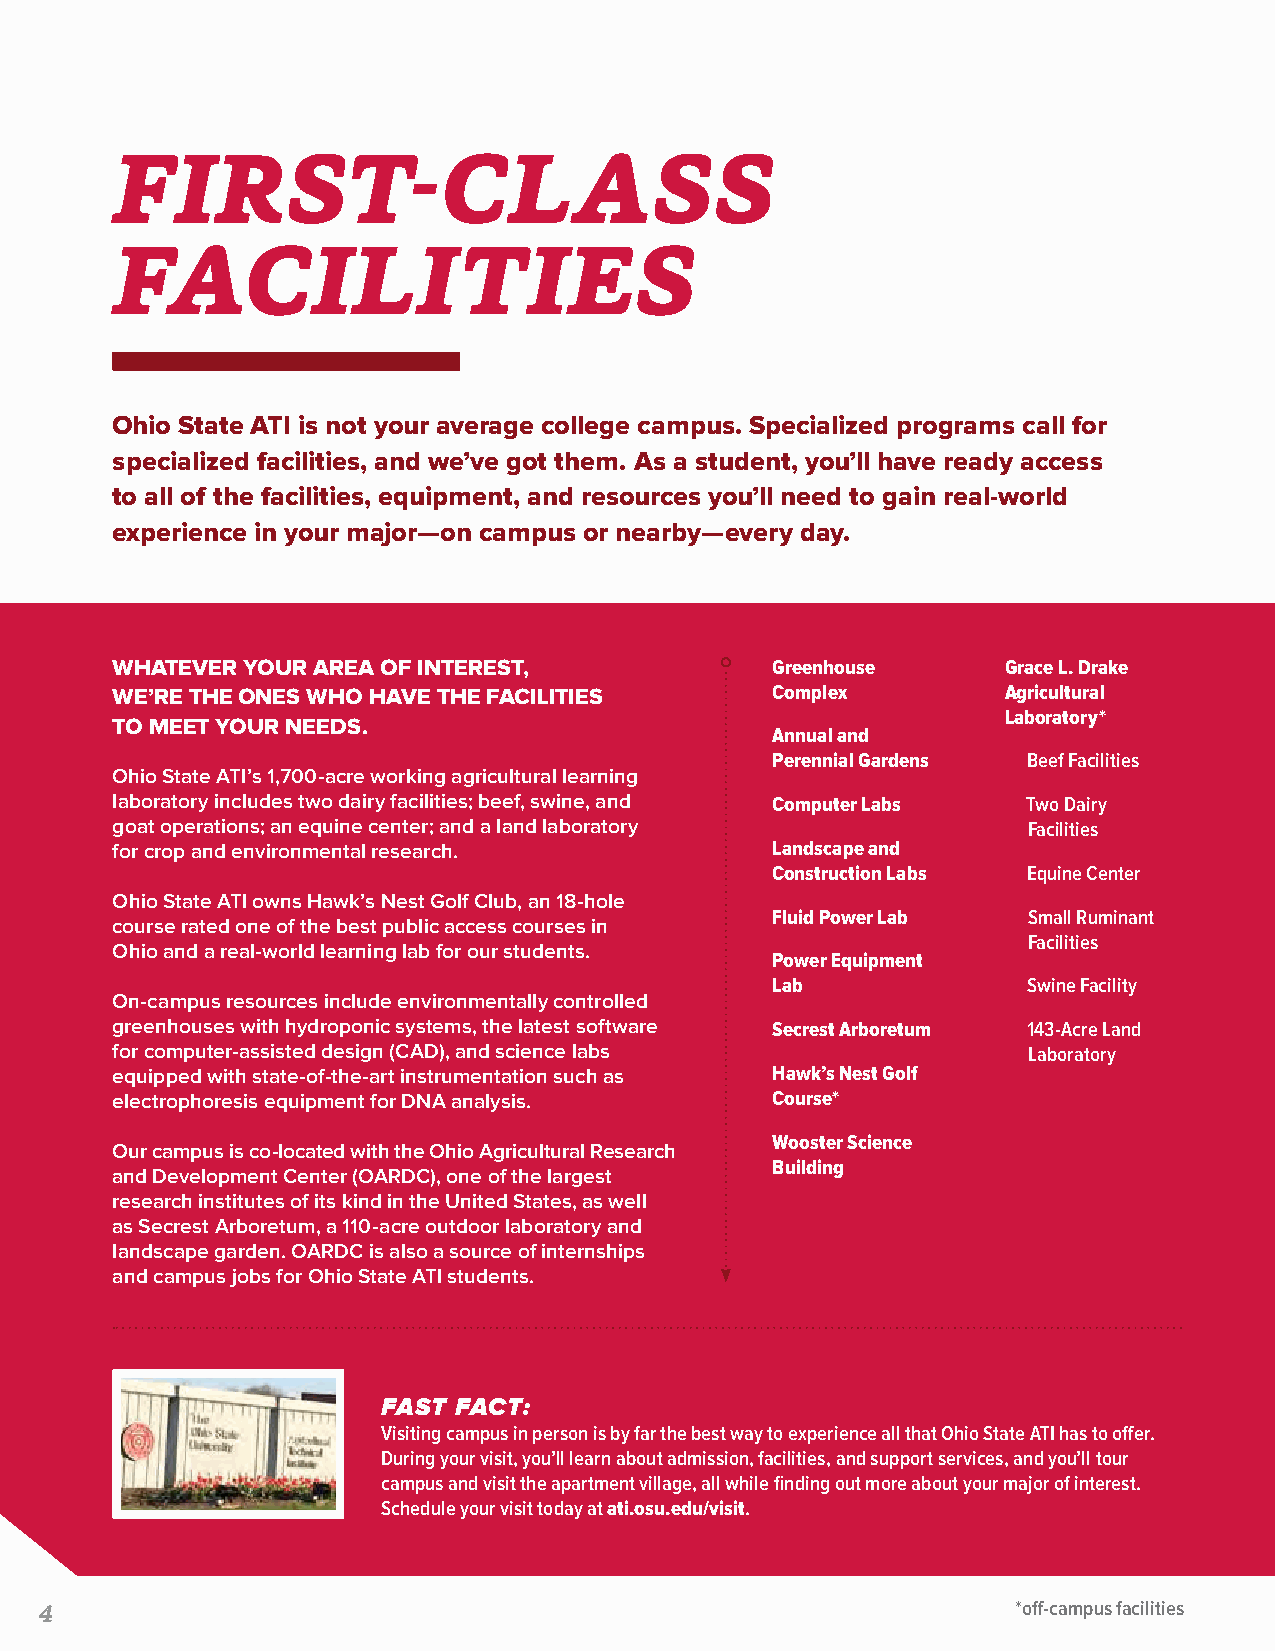
FIRST-CLASS
 FACILITIES
 Ohio State ATI is not your average college campus. Specialized programs call for
 specialized facilities, and we’ve got them. As a student, you’ll have ready access
 to all of the facilities, equipment, and resources you’ll need to gain real-world
 experience in your major—on campus or nearby—every day.
 WHATEVER YOUR AREA OF INTEREST,             Greenhouse      Grace L. Drake
 WE’RE THE ONES WHO HAVE THE FACILITIES      Complex         Agricultural
 Laboratory*
 TO MEET YOUR NEEDS.
 Annual and
 Perennial Gardens Beef Facilities
 Ohio State ATI’s 1,700-acre working agricultural learning
 laboratory includes two dairy facilities; beef, swine, and Computer Labs Two Dairy
 goat operations; an equine center; and a land laboratory     Facilities
 for crop and environmental research.        Landscape and
 Construction Labs Equine Center
 Ohio State ATI owns Hawk’s Nest Golf Club, an 18-hole
 Fluid Power Lab  Small Ruminant
 course rated one of the best public access courses in
 Facilities
 Ohio and a real-world learning lab for our students.
 Power Equipment
 Lab              Swine Facility
 On-campus resources include environmentally controlled
 greenhouses with hydroponic systems, the latest software Secrest Arboretum 143-Acre Land
 for computer-assisted design (CAD), and science labs         Laboratory
 equipped with state-of-the-art instrumentation such as Hawk’s Nest Golf
 electrophoresis equipment for DNA analysis. Course*
 Wooster Science
 Our campus is co-located with the Ohio Agricultural Research
 Building
 and Development Center (OARDC), one of the largest
 research institutes of its kind in the United States, as well
 as Secrest Arboretum, a 110-acre outdoor laboratory and
 landscape garden. OARDC is also a source of internships
 and campus jobs for Ohio State ATI students.
 FAST FACT:
 Visiting campus in person is by far the best way to experience all that Ohio State ATI has to offer.
 During your visit, you’ll learn about admission, facilities, and support services, and you’ll tour
 campus and visit the apartment village, all while finding out more about your major of interest.
 Schedule your visit today at ati.osu.edu/visit.
 4                                                                *off-campus facilities